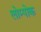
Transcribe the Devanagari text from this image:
लोम्पोक